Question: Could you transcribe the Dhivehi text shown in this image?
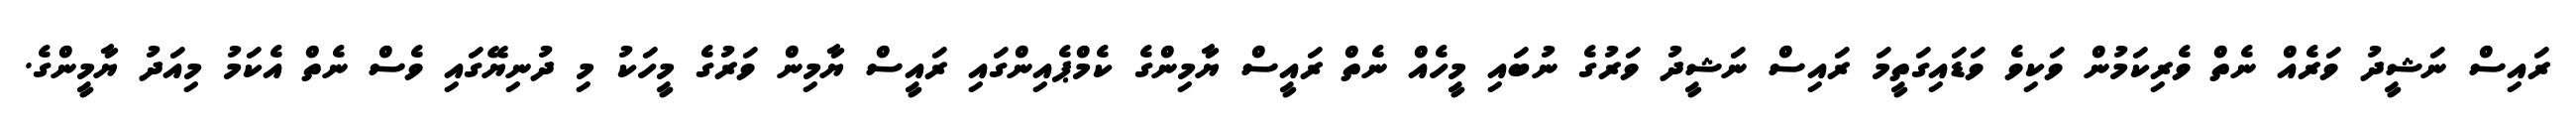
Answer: ރައިސް ނަޝީދު ވަރެއް ނެތް ވެރިކަމުން ވަކިވެ ވަޑައިގަތީމަ ރައިސް ނަޝީދު ވަރުގެ ނުބައި މީހެއް ނެތް ރައީސް ޔާމިންގެ ކެމްޕެއިންގައި ރައީސް ޔާމިން ވަރުގެ މީހަކު މި ދުނިޔޭގައި ވެސް ނެތް އެކަމު މިއަދު ޔާމީންގެ.